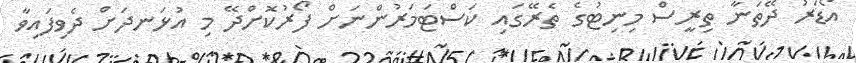
އޯޑަރު ދޭތަނާ ތިރީސް މިނިޓުގެ ތެރޭގައި ކަސްޓަމަރުންނަށް ފޯރުކޮށްދޭ މި އުޅަނދަށް ދެވިފައިވާ